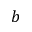
b